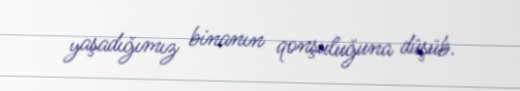
yaşadığımız binanın qonşuluğuna düşüb.